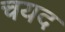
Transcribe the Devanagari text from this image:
चयद